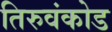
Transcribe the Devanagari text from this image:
तिरुवंकोड